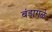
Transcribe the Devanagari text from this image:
बंडागळे